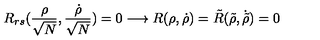
R _ { r s } ( \frac { \rho } { \sqrt N } , \frac { \dot { \rho } } { \sqrt N } ) = 0 \longrightarrow R ( \rho , \dot { \rho } ) = \tilde { R } ( \tilde { \rho } , \dot { \tilde { \rho } } ) = 0